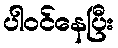
ပါဝင်နေပြီး